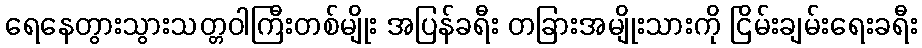
ရေနေတွားသွားသတ္တဝါကြီးတစ်မျိုး အပြန်ခရီး တခြားအမျိုးသားကို ငြိမ်းချမ်းရေးခရီး